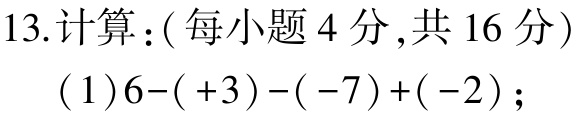
13.计算：(每小题 4 分,共 16 分)

(1)$6-( +3)-(-7)+(-2)$；